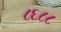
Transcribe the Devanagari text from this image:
८६८८